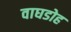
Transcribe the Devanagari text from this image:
वाघडोह